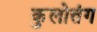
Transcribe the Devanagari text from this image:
कुलोत्तंग